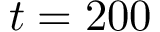
t = 2 0 0